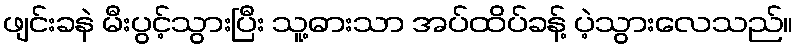
ဖျင်းခနဲ မီးပွင့်သွားပြီး သူ့ဓားသာ အပ်ထိပ်ခန့် ပဲ့သွားလေသည်။